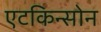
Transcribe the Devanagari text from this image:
एटकिन्सोन